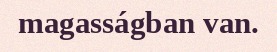
magasságban van.